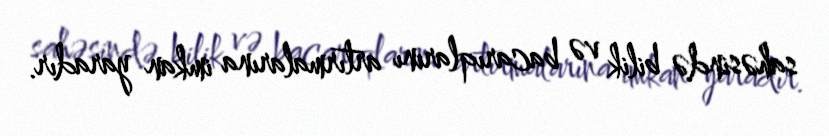
sahəsində bilik və bacarıqlarını artırmalarına imkan yaradır.